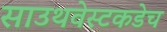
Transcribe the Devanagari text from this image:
साउथवेस्टकडेच